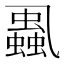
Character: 𧒢